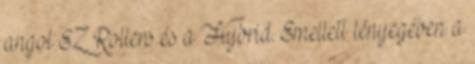
angol EZ Rollers és a Hybrid. Emellett lényegében a